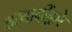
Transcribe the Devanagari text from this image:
इत्यादींद्वारे